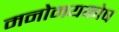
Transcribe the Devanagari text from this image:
मनोमयकोष